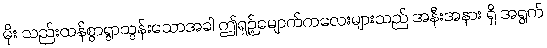
မိုး သည်းထန်စွာရွာသွန်းသောအခါ ဤရှဉ့်မျောက်ကလေးများသည် အနီးအနား ရှိ အရွက်